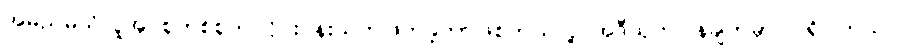
အမည်မသိလူအုပ်စုတစ်စုက ဝိုင်းဝန်းသတ်ဖြတ်ခဲ့တာဖြစ်တယ်လို့ အဲဒီထုတ်ပြန်ချက်မှာ ပါရှိပါတယ်။